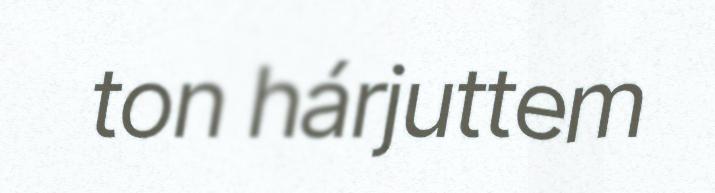
ton hárjuttem